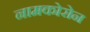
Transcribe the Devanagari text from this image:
नामकोरोन